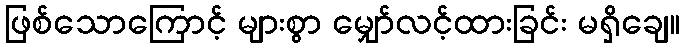
ဖြစ်သောကြောင့် များစွာ မျှော်လင့်ထားခြင်း မရှိချေ။